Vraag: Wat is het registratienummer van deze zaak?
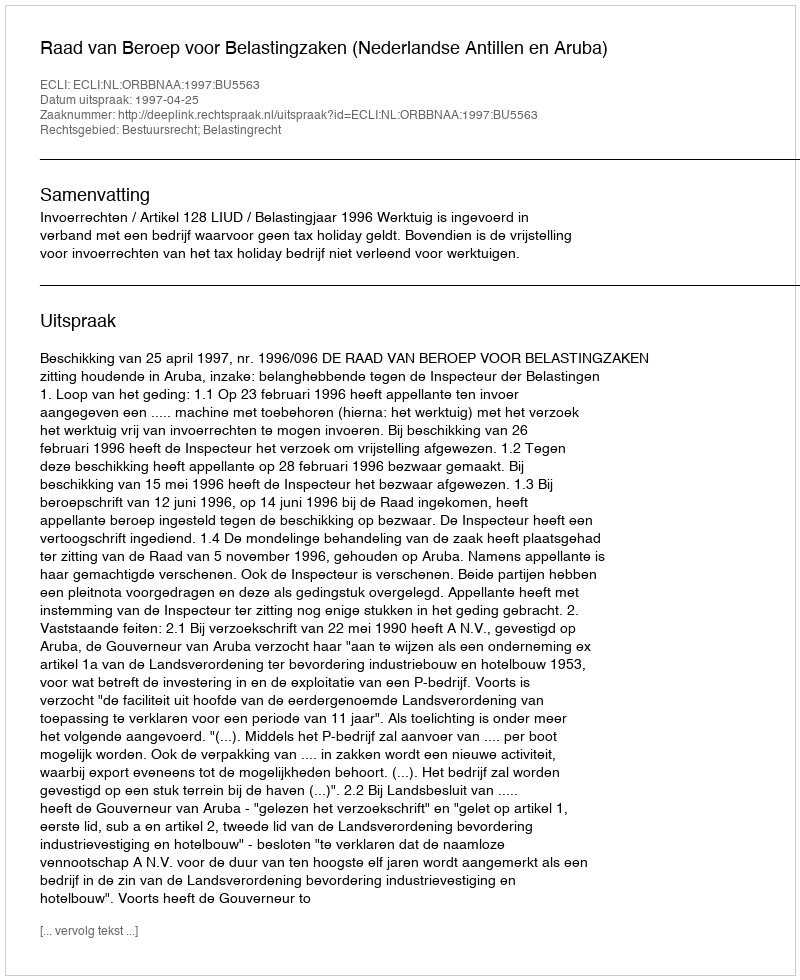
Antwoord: http://deeplink.rechtspraak.nl/uitspraak?id=ECLI:NL:ORBBNAA:1997:BU5563